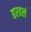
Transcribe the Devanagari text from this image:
हरवलं